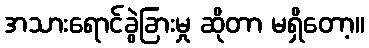
အသားရောင်ခွဲခြားမှု ဆိုတာ မရှိတော့။